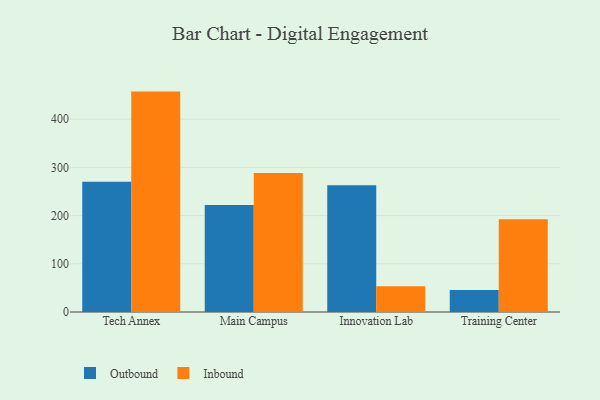
{"axis": {"x": "Campus", "y": "Humidity (%)"}, "legend": ["Inbound", "Outbound"], "data": [{"x": "Tech Annex", "y": 270.1, "type": "Outbound"}, {"x": "Tech Annex", "y": 457.2, "type": "Inbound"}, {"x": "Main Campus", "y": 222.0, "type": "Outbound"}, {"x": "Main Campus", "y": 288.3, "type": "Inbound"}, {"x": "Innovation Lab", "y": 263.1, "type": "Outbound"}, {"x": "Innovation Lab", "y": 53.2, "type": "Inbound"}, {"x": "Training Center", "y": 45.6, "type": "Outbound"}, {"x": "Training Center", "y": 192.3, "type": "Inbound"}]}